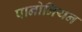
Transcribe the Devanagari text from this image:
पानोनियन